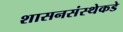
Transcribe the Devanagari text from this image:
शासनसंस्थेकडे